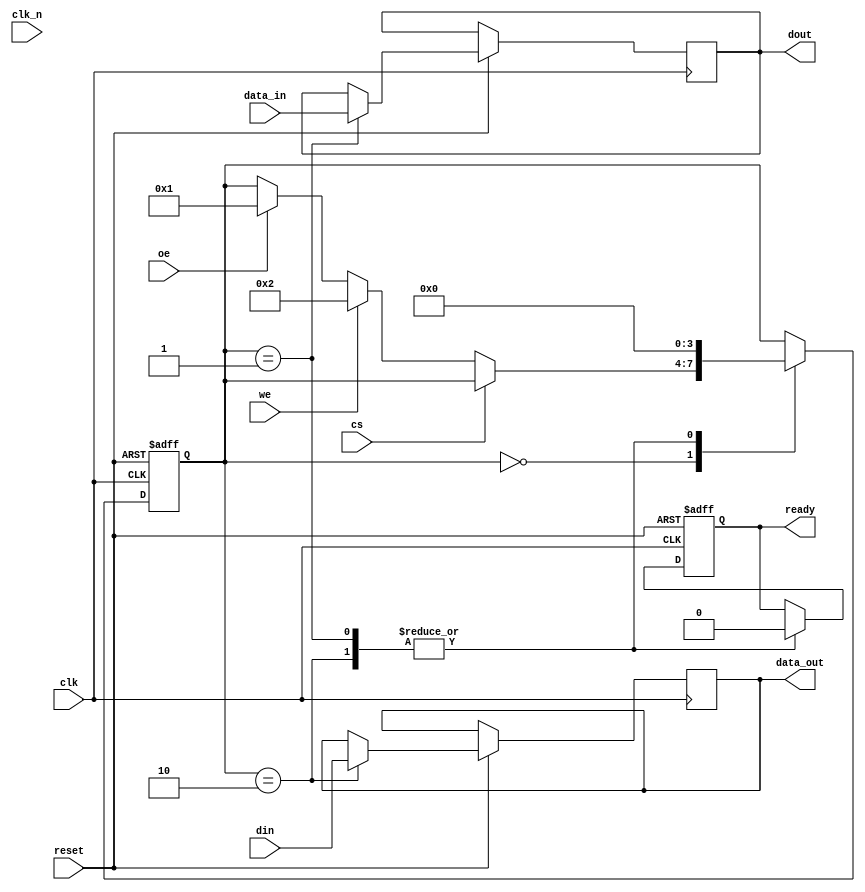
module gddr6x_io_block (
    input wire clk,          // Differential clock input
    input wire clk_n,        // Inverted clock input
    input wire [15:0] din,   // 16-bit data input
    output wire [15:0] dout,  // 16-bit data output
    input wire cs,           // Chip Select
    input wire we,           // Write Enable
    input wire oe,           // Output Enable
    output wire [15:0] data_out, // Data output to memory
    input wire [15:0] data_in,  // Data input from memory
    output wire ready,       // Ready signal for data transfer
    input wire reset         // Reset signal
);

// Internal signals
reg [15:0] data_buffer;      // Buffer for data
reg ready_reg;               // Ready signal register
reg [3:0] state;             // State machine for control

// State definitions
localparam IDLE = 4'b0000,
           READ = 4'b0001,
           WRITE = 4'b0010;

// Clock management (simple example)
always @(posedge clk or negedge reset) begin
    if (!reset) begin
        state <= IDLE;
        ready_reg <= 1'b1;
    end else begin
        case (state)
            IDLE: begin
                if (!cs) begin
                    if (we) begin
                        state <= WRITE;
                    end else if (oe) begin
                        state <= READ;
                    end
                end
            end
            WRITE: begin
                data_buffer <= din; // Capture incoming data
                ready_reg <= 1'b0;  // Not ready until write is complete
                state <= IDLE;      // Go back to IDLE after write
            end
            READ: begin
                dout <= data_in;    // Output data from memory
                ready_reg <= 1'b0;  // Not ready until read is complete
                state <= IDLE;      // Go back to IDLE after read
            end
        endcase
    end
end

// Assign outputs
assign data_out = data_buffer; // Data output to memory
assign ready = ready_reg;       // Ready signal output

endmodule